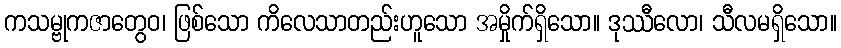
ကသမ္ဗုကဇာတွေဝ၊ ဖြစ်သော ကိလေသာတည်းဟူသော အမှိုက်ရှိသော။ ဒုဿီလော၊ သီလမရှိသော။